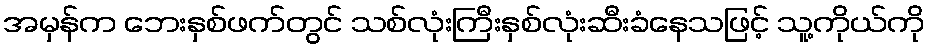
အမှန်က ဘေးနှစ်ဖက်တွင် သစ်လုံးကြီးနှစ်လုံးဆီးခံနေသဖြင့် သူ့ကိုယ်ကို